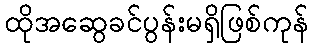
ထိုအဆွေခင်ပွန်းမရှိဖြစ်ကုန်